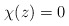
\begin{align*}\chi(z)=0 \end{align*}